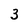
Character: 3